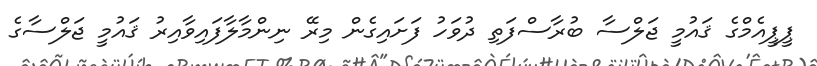
ޕީޕީއެމްގެ ޤައުމީ ޖަލްސާ ބުރާސްފަތި ދުވަހު ފަށައިގެން މިރޭ ނިންމާލާފައިވާއިރު ޤައުމީ ޖަލްސާގެ